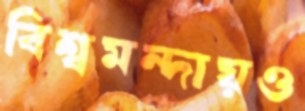
বিশ্বমন্দায়ও